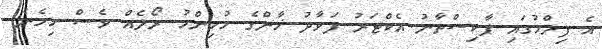
އެ ފިލްމުގައި ޕާކިސްތާނު އެކްޓަރު ފަވާދު ޚާންގެ މުހިންމު ރޯލެއް ވެސް ހިމެނެ